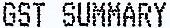
GST SUMMARY